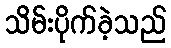
သိမ်းပိုက်ခဲ့သည်